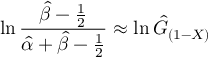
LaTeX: \ln { \frac { { \hat { \beta } } - { \frac { 1 } { 2 } } } { { \hat { \alpha } } + { \hat { \beta } } - { \frac { 1 } { 2 } } } } \approx \ln { \hat { G } } _ { ( 1 - X ) }